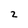
Character: 2